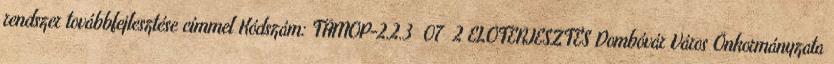
rendszer továbbfejlesztése címmel Kódszám: TÁMOP-2.2.3 07 2 ELŐTERJESZTÉS Dombóvár Város Önkormányzata